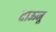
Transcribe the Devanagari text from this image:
दाऊजू